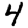
Digit: 4